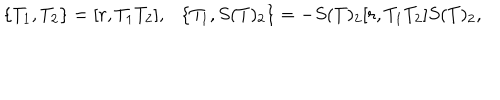
\{ T _ { 1 } , T _ { 2 } \} = [ r , T _ { 1 } T _ { 2 } ] , \{ T _ { 1 } , S ( T ) _ { 2 } \} = - S ( T ) _ { 2 } [ r , T _ { 1 } T _ { 2 } ] S ( T ) _ { 2 } ,